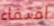
اقتفاء